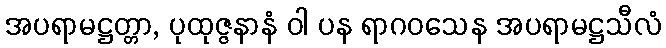
အပရာမဋ္ဌတ္တာ, ပုထုဇ္ဇနာနံ ဝါ ပန ရာဂဝသေန အပရာမဋ္ဌသီလံ